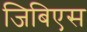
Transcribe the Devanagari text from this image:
जिबिएस